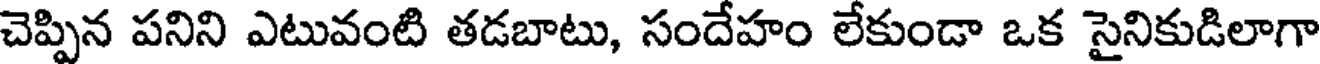
చెప్పిన పనిని ఎటువంటి తడబాటు, సందేహం లేకుండా ఒక సైనికుడిలాగా